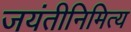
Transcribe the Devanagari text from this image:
जयंतीनिमित्य